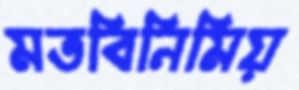
মতবিনিমিয়